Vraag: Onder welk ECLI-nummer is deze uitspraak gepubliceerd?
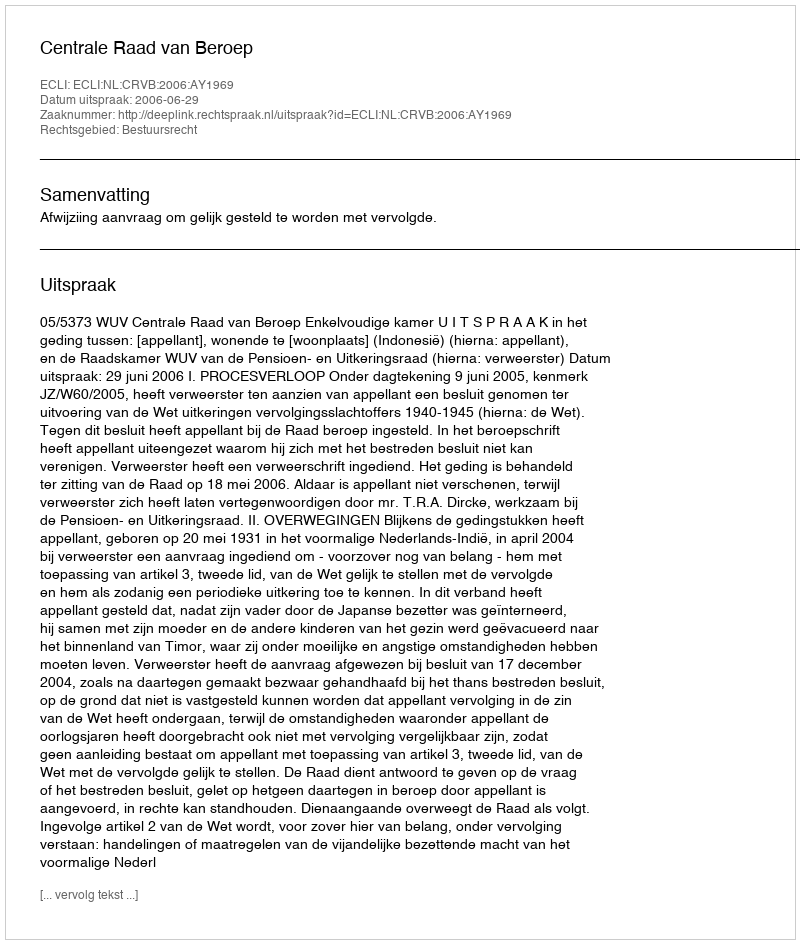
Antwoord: ECLI:NL:CRVB:2006:AY1969